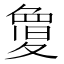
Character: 𭐬